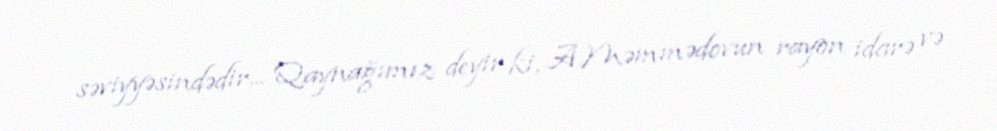
səviyyəsindədir... Qaynağımız deyir ki, A.Məmmədovun rayon idarə və